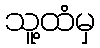
သူ့ထံမှ